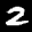
Digit: 2